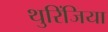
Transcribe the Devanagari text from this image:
थुरिंजिया